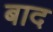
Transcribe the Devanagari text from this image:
बाद